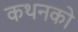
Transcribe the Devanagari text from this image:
कथनको